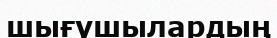
шығушылардың